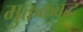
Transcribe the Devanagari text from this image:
मुक्तकबद्ध